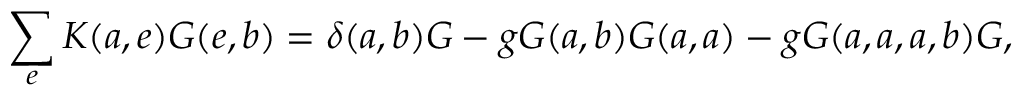
\sum _ { e } K ( a , e ) { \cal G } ( e , b ) = \delta ( a , b ) { \cal G } - g { \cal G } ( a , b ) { \cal G } ( a , a ) - g { \cal G } ( a , a , a , b ) { \cal G } ,